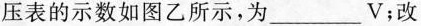
压表的示数如图乙所示，为___V；改